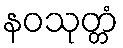
နဝသုတ္တံ